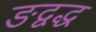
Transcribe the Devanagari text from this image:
ङद्वद्ध